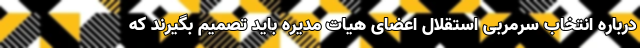
درباره انتخاب سرمربی استقلال اعضای هیات مدیره باید تصمیم بگیرند که